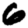
Digit: 6